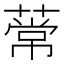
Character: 𫉒